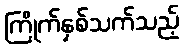
ကြိုက်နှစ်သက်သည့်